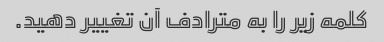
کلمه زیر را به مترادف آن تغییر دهید.